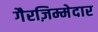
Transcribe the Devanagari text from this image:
गैरज़िम्मेदार